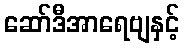
ဆော်ဒီအာရေဗျနှင့်